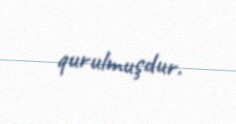
qurulmuşdur.